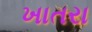
ખાતરા